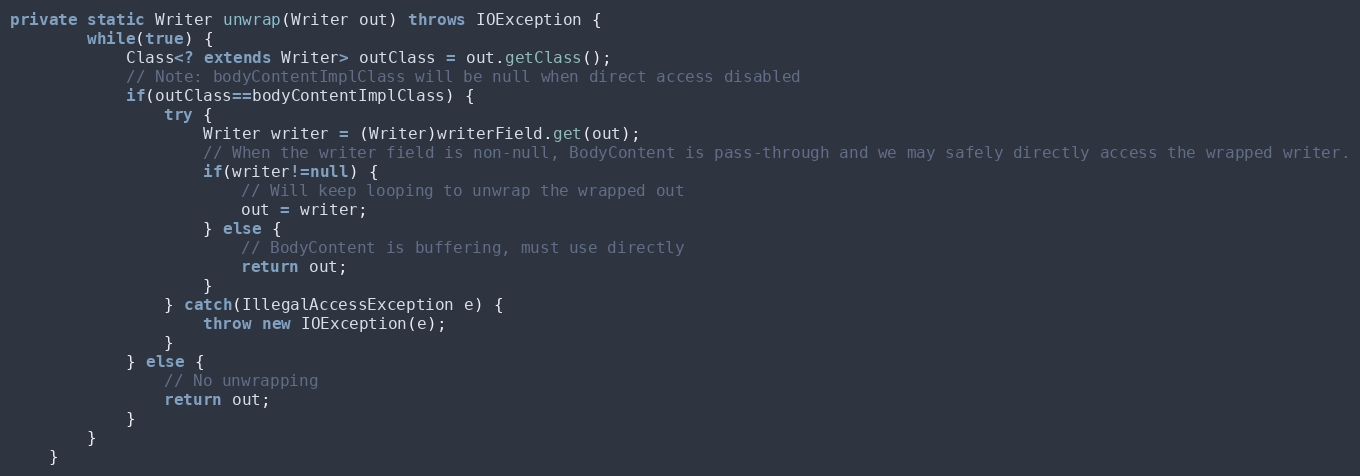
Language: Java
private static Writer unwrap(Writer out) throws IOException {
		while(true) {
			Class<? extends Writer> outClass = out.getClass();
			// Note: bodyContentImplClass will be null when direct access disabled
			if(outClass==bodyContentImplClass) {
				try {
					Writer writer = (Writer)writerField.get(out);
					// When the writer field is non-null, BodyContent is pass-through and we may safely directly access the wrapped writer.
					if(writer!=null) {
						// Will keep looping to unwrap the wrapped out
						out = writer;
					} else {
						// BodyContent is buffering, must use directly
						return out;
					}
				} catch(IllegalAccessException e) {
					throw new IOException(e);
				}
			} else {
				// No unwrapping
				return out;
			}
		}
	}